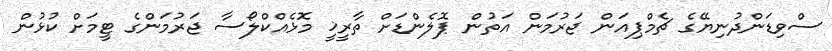
ސްވިޑަންދުނިޔޭގެ ޗެމްޕިއަން ޖަރުމަން އަތުން ޕޮލެންޑަށް ތާރީޚީ މޮޅެއްކްލޯސާ ޖަރުމަންގެ ޓީމަށް ކުޅުން